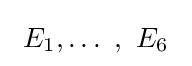
\ E_{1},\ldots \ ,\ E_{6}\